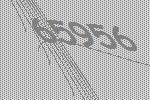
65956